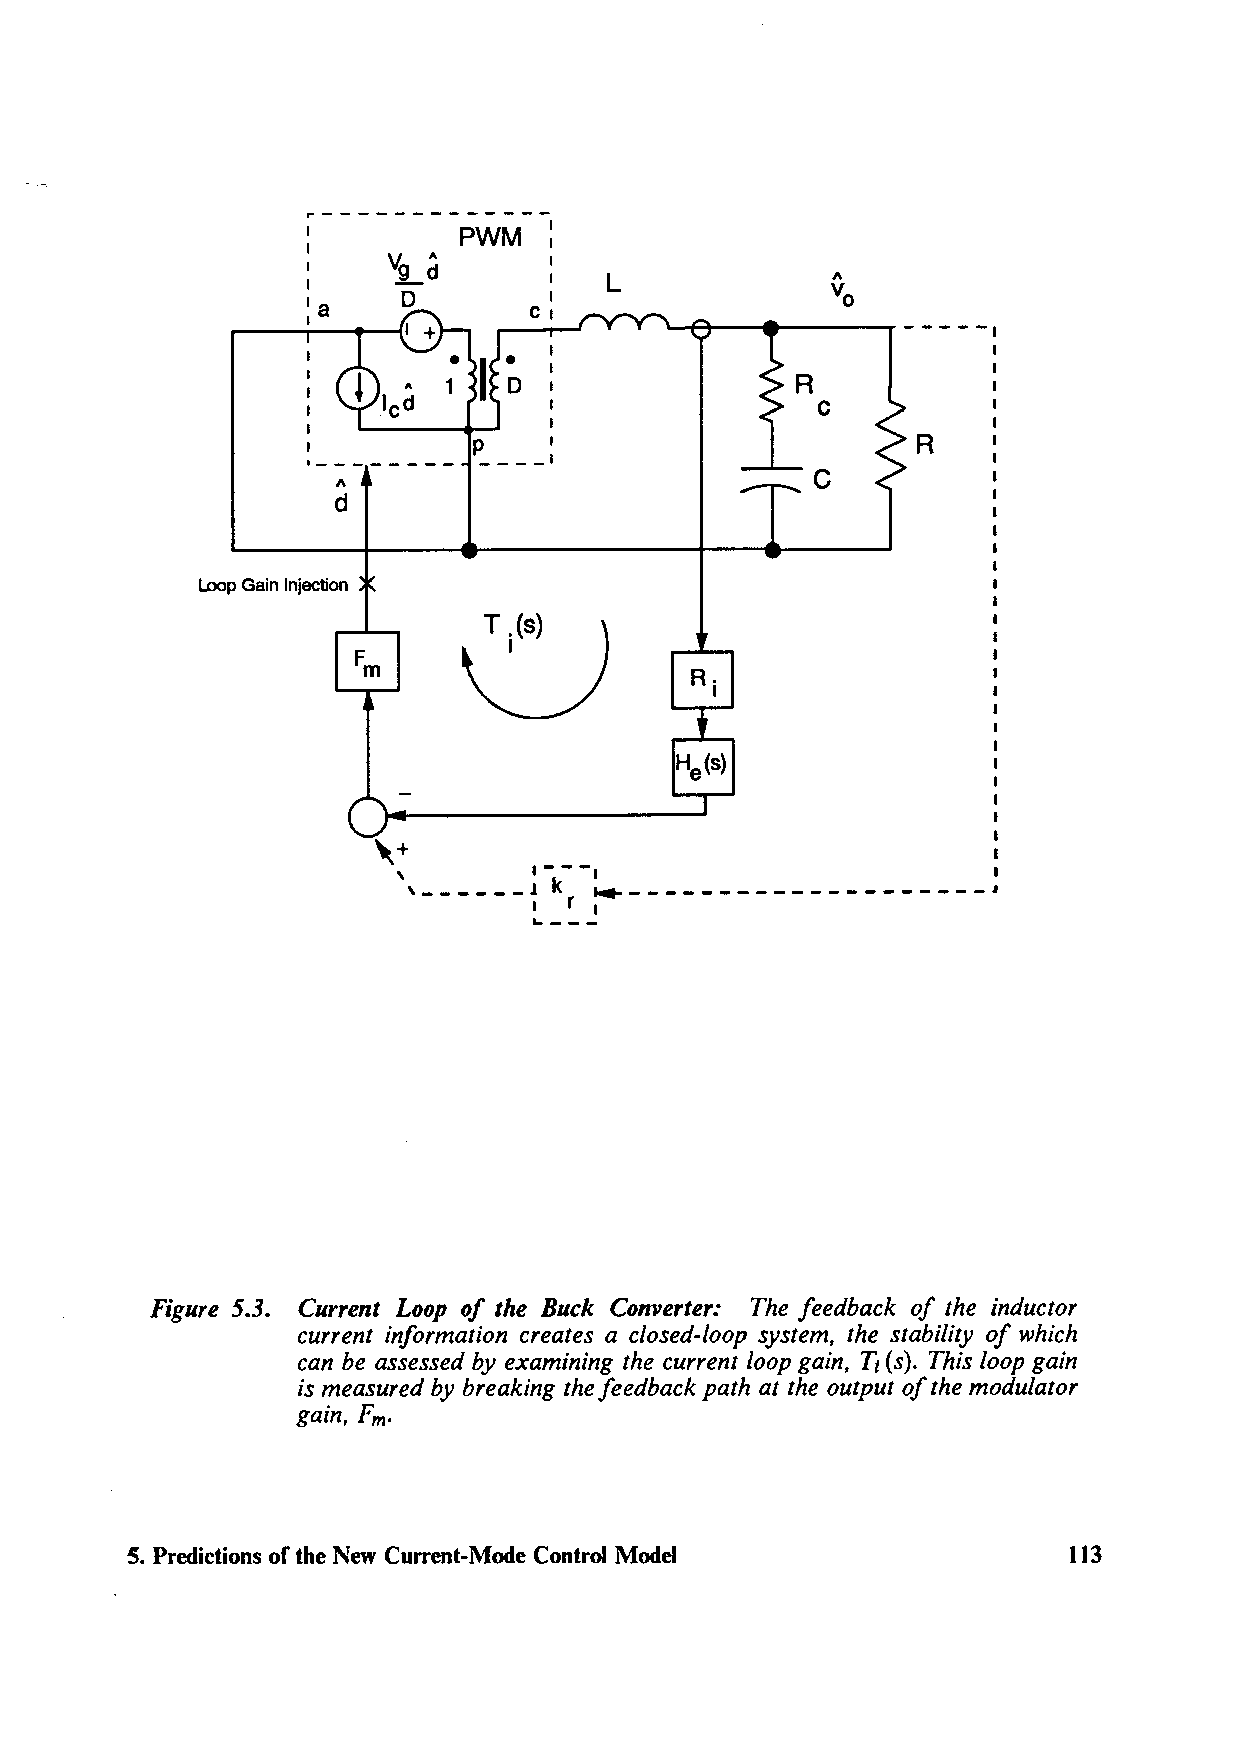
r--------------
 PWM   :
 ':2._d
 I
 I               I   L
 'a     D       c,I
 I                       '--,A-~-il~~~---,.-----
 I
 p    I                        R
 ·--------   ----'
 C
 A
 d
 Loop Gain Injection
 R.
 I
 \+
 \        I - - -,
 14---------------------
 , ______ J k
 1~ -r - -I
 Figure 5.3. Current Loop of the Buck Converter: The feedback of the inductor
 current information creates a closed-loop system, the stability of which
 can be assessed by examining the current loop gain, Tt (s). This loop gain
 is measured by breaking the feedback path at the output of the modulator
 gain, Fm.
 5. Predictions of the New Current-Mode Control Model           113